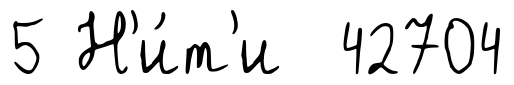
5 Н'и́т'и 42704